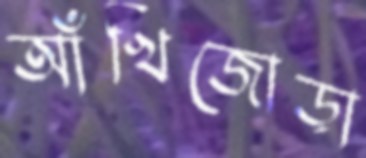
আঁখিজোড়া